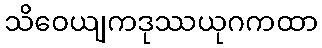
သိဝေယျကဒုဿယုဂကထာ